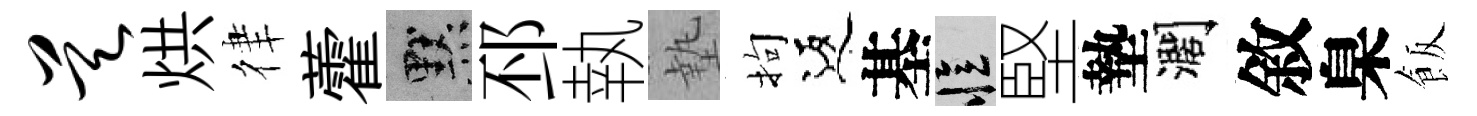
昊烘律藿默邳執墊拘返基忆堅墊濶敘臬飯